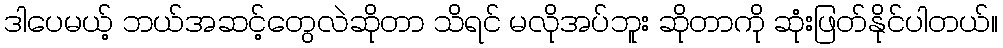
ဒါပေမယ့် ဘယ်အဆင့်တွေလဲဆိုတာ သိရင် မလိုအပ်ဘူး ဆိုတာကို ဆုံးဖြတ်နိုင်ပါတယ်။